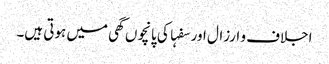
اجلاف و ارزال اور سفہا کی پانچوں گھی میں ہوتی ہیں۔